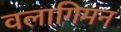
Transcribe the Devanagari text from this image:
वलागिमन